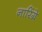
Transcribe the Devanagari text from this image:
नारिंग्रे